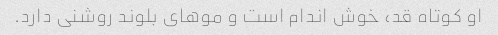
او کوتاه قد، خوش اندام است و موهای بلوند روشنی دارد.